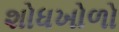
શોધખોળો